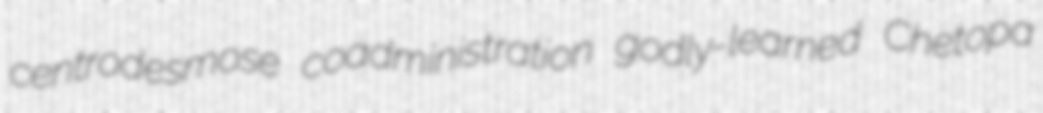
centrodesmose coadministration godly-learned Chetopa